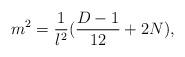
LaTeX: \begin{align*}m^2=\frac{1}{l^2}(\frac{D-1}{12}+ 2N),\end{align*}